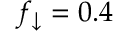
f _ { \downarrow } = 0 . 4